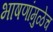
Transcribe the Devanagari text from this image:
भाषणांमुळेच